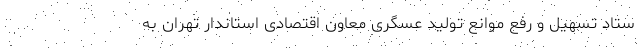
ستاد تسهیل و رفع موانع تولید عسگری معاون اقتصادی استاندار تهران به